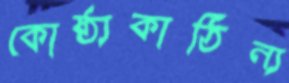
কোষ্ঠ্যকাঠিন্য